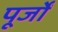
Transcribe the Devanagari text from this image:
पूर्जों